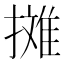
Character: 𱠷